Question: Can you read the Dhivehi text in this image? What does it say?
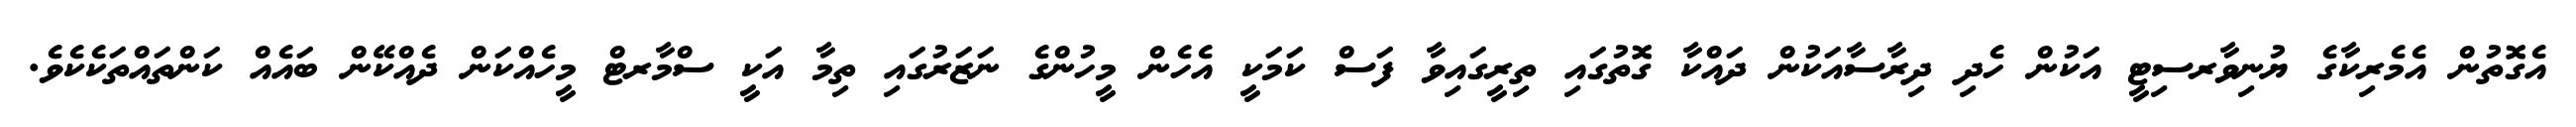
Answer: އެގޮތުން އެމެރިކާގެ ޔުނިވާރސިޓީ އަކުން ހެދި ދިރާސާއަކުން ދައްކާ ގޮތުގައި ތިރީގައިވާ ފަސް ކަމަކީ އެހެން މީހުންގެ ނަޒަރުގައި ތިމާ އަކީ ސްމާރޓް މީހެއްކަން ދެއްކޭން ބައެއް ކަންތައްތަކެކެވެ.